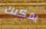
يمكنك